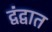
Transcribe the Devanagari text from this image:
द्वंद्वात